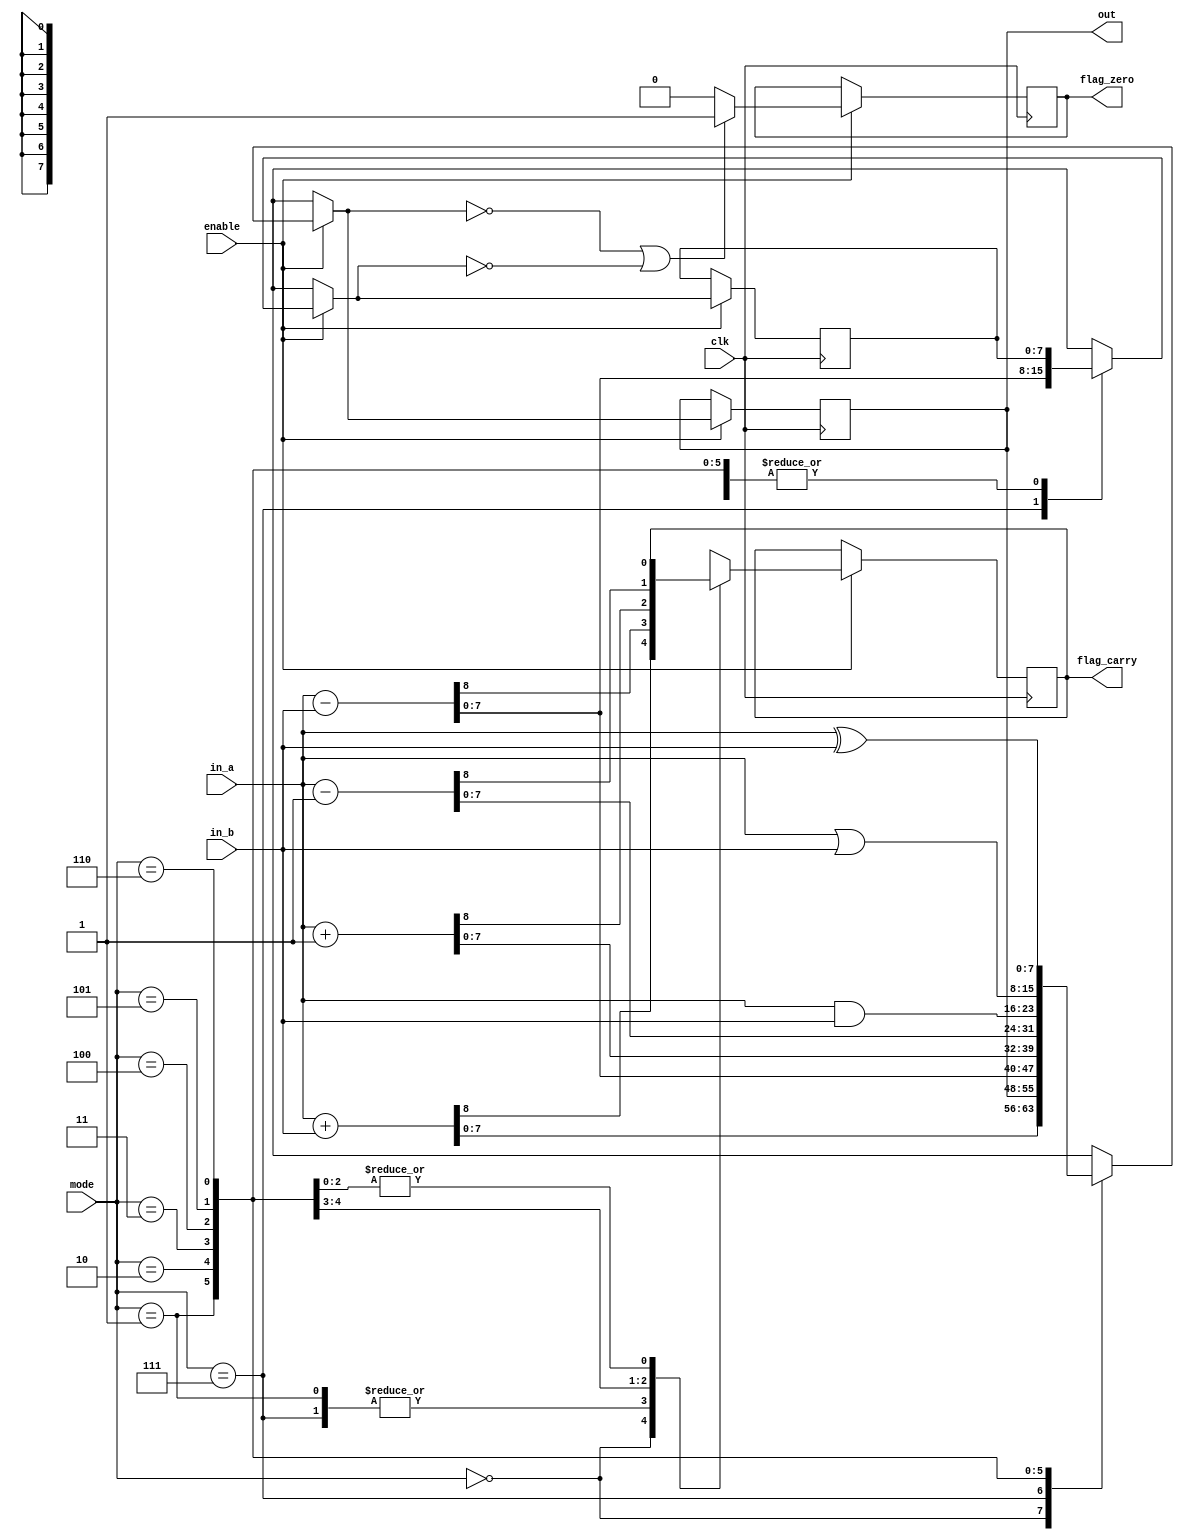
module alu(
  input wire enable,
  input wire clk,
  input wire [2:0] mode,
  input wire [N-1:0] in_a,
  input wire [N-1:0] in_b,
  output wire [N-1:0] out,
  output reg flag_zero,
  output reg flag_carry
);
  parameter N = 8;
  `define ALU_ADD 3'b000
  `define ALU_SUB 3'b001
  `define ALU_INC 3'b010
  `define ALU_DEC 3'b011
  `define ALU_AND 3'b100
  `define ALU_OR  3'b101
  `define ALU_XOR 3'b110
  `define ALU_CMP 3'b111

  reg [N-1:0] buf_out;
  reg [N-1:0] temp_reg;

  initial begin

    flag_carry = 0;
    flag_zero = 0;
    temp_reg = 0;
    $display("Entered ALU");

  end

  always @(posedge clk) begin
    if (enable) begin
      $display("Mode Check");
      case (mode)
        `ALU_ADD: {flag_carry, buf_out} = in_a + in_b;
        `ALU_CMP: {flag_carry, temp_reg} = in_a - in_b;
        `ALU_SUB: {flag_carry, buf_out} = in_a - in_b;
        `ALU_INC: {flag_carry, buf_out} = in_a + 1;
        `ALU_DEC: {flag_carry, buf_out} = in_a - 1;
        `ALU_AND: buf_out = in_a & in_b;
        `ALU_OR:  buf_out = in_a | in_b;
        `ALU_XOR: buf_out = in_a ^ in_b;
        default:  buf_out = 'hxx;
      endcase
      $display("Operation Complete!");
      flag_zero = (buf_out == 0 || temp_reg == 0) ? 1 : 0;

    end
  end

  assign out = buf_out;

endmodule